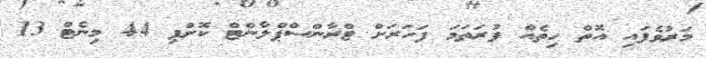
މަރުވެފައި އޮތް ހިތެއް ފުރަތަމަ ފަހަރަށް ޓްރާންސްޕްލާންޓް ކޮށްފި 44 މިނެޓް 13